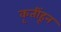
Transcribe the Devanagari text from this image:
कृतींहून